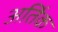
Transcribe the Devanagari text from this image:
अर्तिक